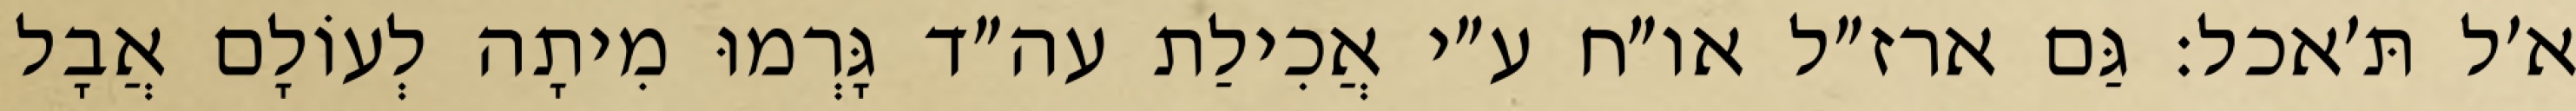
א׳ל תּ׳אכל: גַּם ארז״ל או״ח ע״י אֲכִילַת עה״ד גָּרְמוּ מִיתָה לְעוֹלָם אֲבָל